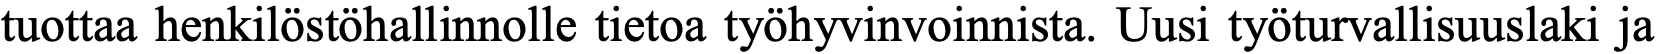
tuottaa henkilöstöhallinnolle tietoa työhyvinvoinnista. Uusi työturvallisuuslaki ja